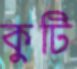
কুটি